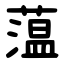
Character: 蕰